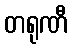
တရုဏီ